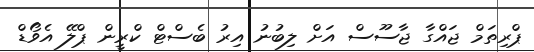
ޕްރިތަމް ޖައްގާ ޖާސޫސް އަށް ލިބުނު އިރު ބެސްޓް ކްރީން ޕްލޭ އެވޯޑް